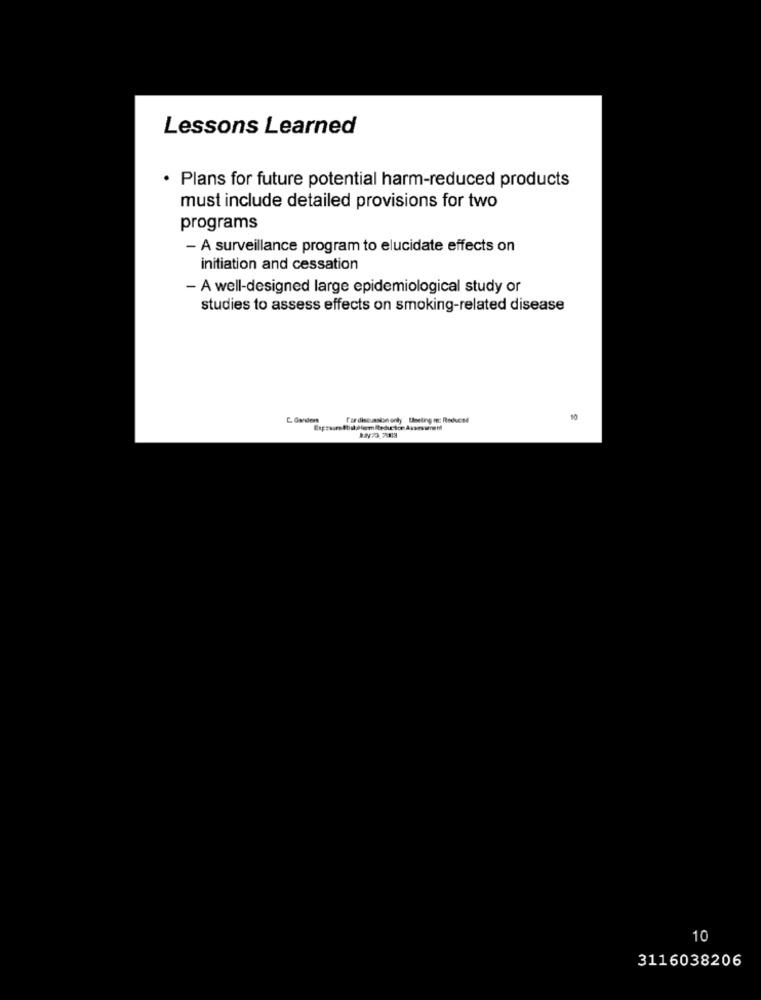
Lessons Learned
· Plans for future potential harm-reduced products
must include detailed provisions for two
programs
- A surveillance program to elucidate effects on
initiation and cessation
- A well-designed large epidemiological study or
studies to assess effects on smoking-related disease
fordiscussion only Useting me: Reduced
10
10
3116038206